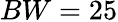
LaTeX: BW=25